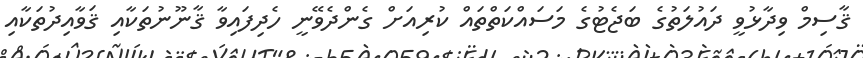
ޤާސިމް ވިދާޅުވީ ދައުލަތުގެ ބަޖެޓުގެ މަސައްކަތްތައް ކުރިއަށް ގެންދެވޭނީ ހެދިފައިވާ ޤާނޫނުތަކާއި ޤަވާއިދުތަކާއި